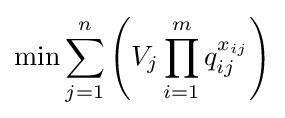
\min \sum _{j=1}^{n}\left(V_{j}\prod _{i=1}^{m}q_{ij}^{x_{ij}}\right)